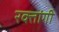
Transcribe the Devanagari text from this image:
रक्तांगी